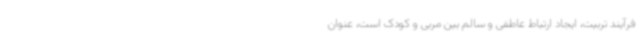
فرآیند تربیت، ایجاد ارتباط عاطفی و سالم بین مربی و کودک است، عنوان